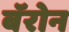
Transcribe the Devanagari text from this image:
बॅरोन